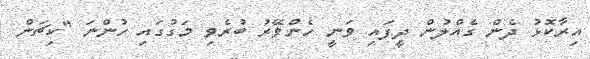
އިރާކޮޅު ދެން ގެއްލުން ދީފައި ވަނީ ހެންވޭރު ބުރެވި މަގުގައި ހުންނަ "ކިޗަން